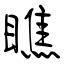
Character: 瞧